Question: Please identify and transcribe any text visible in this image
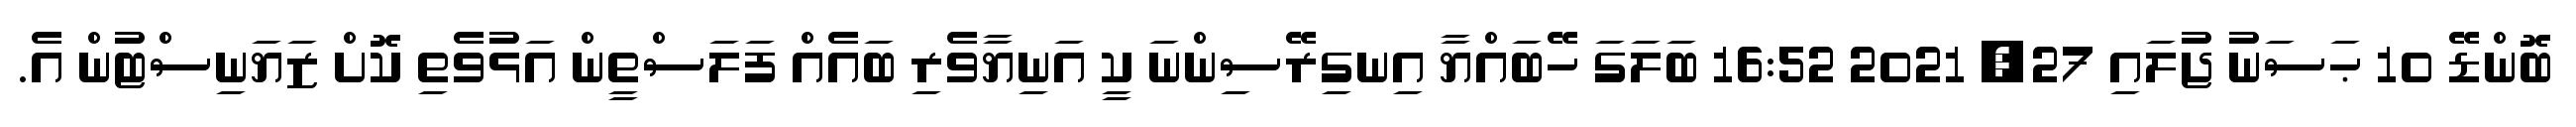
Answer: ބޮންޑޭ 10 ޙަސަނު ޖުލައި 27, 2021 16:52 ބަލަގަ ހޭބައްޔާ އިނގިރޭސިންނަ ކީ އަނިޔާވެރި ބައެއް ފަލަސްތީން އަޅުވެތި ކޮށް ޒަޔަނިސްޓުން އެ.